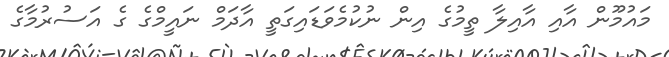
މައުމޫން އާއި އާއިލާ ތީމުގެ އިން ނުކުމެވަޑައިގަތީ އާދަމް ނައީމްގެ ގެ އަސުރުމާގެ